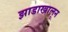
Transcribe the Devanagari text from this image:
झाडाखालून